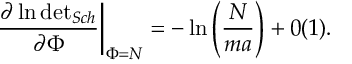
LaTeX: \left. \frac { \partial \ln \mathrm { d e t } _ { { S c h } } } { \partial \Phi } \right| _ { \Phi = N } = - \ln \left( \displaystyle \frac { N } { m a } \right) + 0 ( 1 ) .